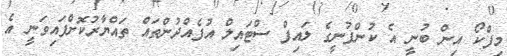
މިފްކޯ އިން ބުނީ އެ ކުންފުނީގެ ލައިފް ސްޓައިލް އުފެއްދުންތައް ތައްޔާރުކޮށްފައިވަނީ އެ